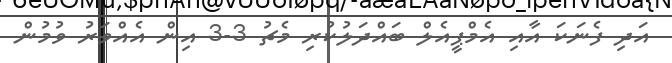
އަދި ފެނަކަ އާއި އެމްޕީއެލް ބައްދަލުކުރި މެޗު 3-3 އިން އެއްވަރު ވުމުން